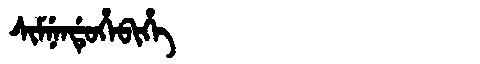
Manchu: ᠰᡳᠮᠨᡝᠨᡩᡠᡥᡝᠪᡳᡥᡝ
Romanization: SIMNENDUHEBIHE